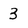
Character: 3